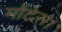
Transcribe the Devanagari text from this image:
मोंटेस।